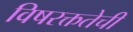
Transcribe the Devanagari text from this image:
विषरक्ततेची